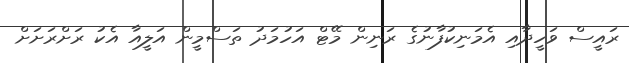
ރައީސް ވަހީދާއި އެމަނިކުފާނުގެ ރަނިން މޭޓް އަހުމަދު ތަސްމީން އަލީއާ އެކު ރަށްރަށަށް